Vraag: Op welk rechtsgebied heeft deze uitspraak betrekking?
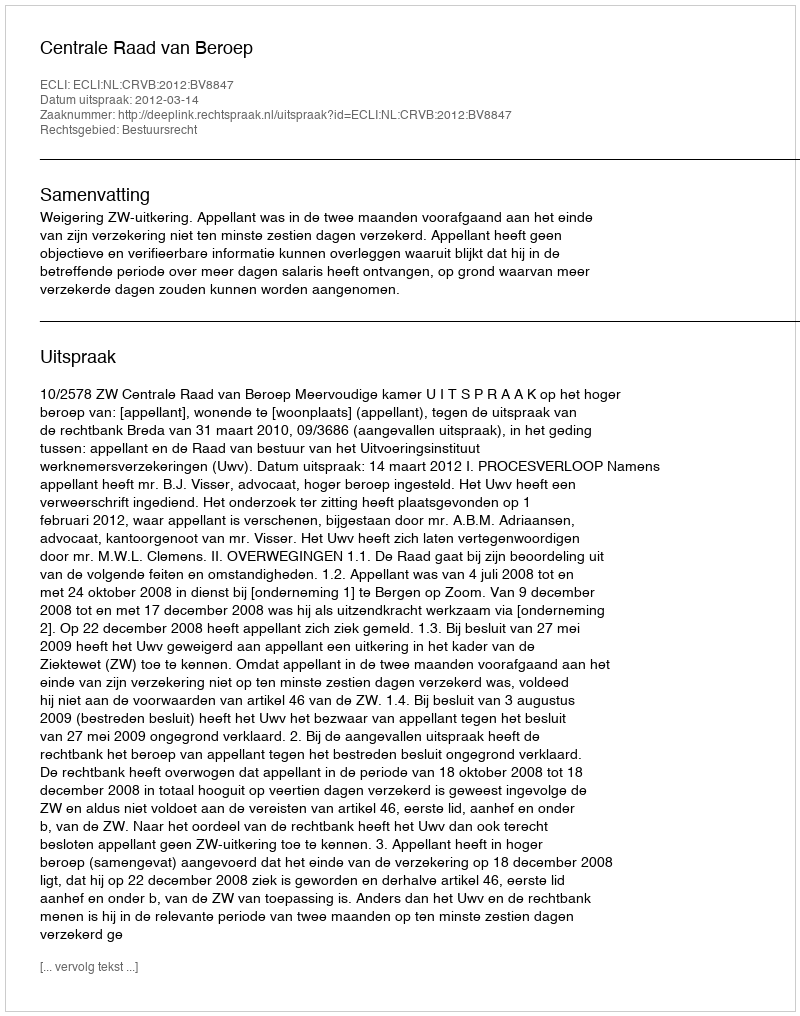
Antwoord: Bestuursrecht